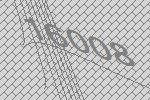
16008